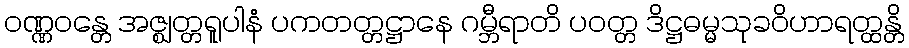
ဝဏ္ဏဝန္တေ အဇ္ဈတ္တရူပါနံ ပကတတ္တဋ္ဌာနေ ဂမ္ဘီရာတိ ပဝတ္တ ဒိဋ္ဌဓမ္မသုခဝိဟာရတ္ထန္တိ